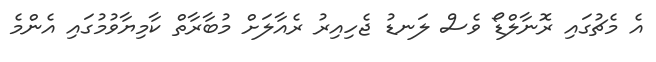
އެ މެޗުގައި ރޮނާލްޑޯ ވެސް ލަނޑު ޖެހިއިރު ރެއާލަށް މުބާރާތް ކާމިޔާވުމުގައި އެންމެ